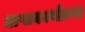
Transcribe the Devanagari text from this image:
प्राप्तकार्यक्रम